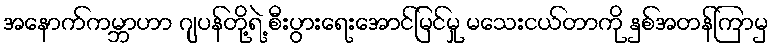
အနောက်ကမ္ဘာဟာ ဂျပန်တို့ရဲ့ စီးပွားရေးအောင်မြင်မှု မသေးငယ်တာကို နှစ်အတန်ကြာမှ